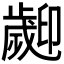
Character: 𣦫